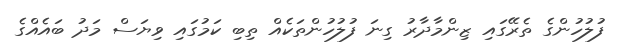
ފުލުހުންގެ ތެރޭގައި ޒިންމާދާރު ގިނަ ފުލުުހުންތަކެއް ތިބި ކަމުގައި ވިޔަސް މަދު ބައެއްގެ